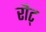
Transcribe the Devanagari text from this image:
रौट्